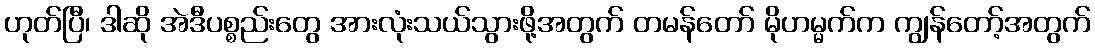
ဟုတ်ပြီ၊ ဒါဆို အဲဒီပစ္စည်းတွေ အားလုံးသယ်သွားဖို့အတွက် တမန်တော် မိုဟမ္မက်က ကျွန်တော့်အတွက်